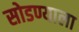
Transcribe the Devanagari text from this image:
सोडण्याला